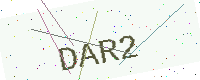
Text: DAR2